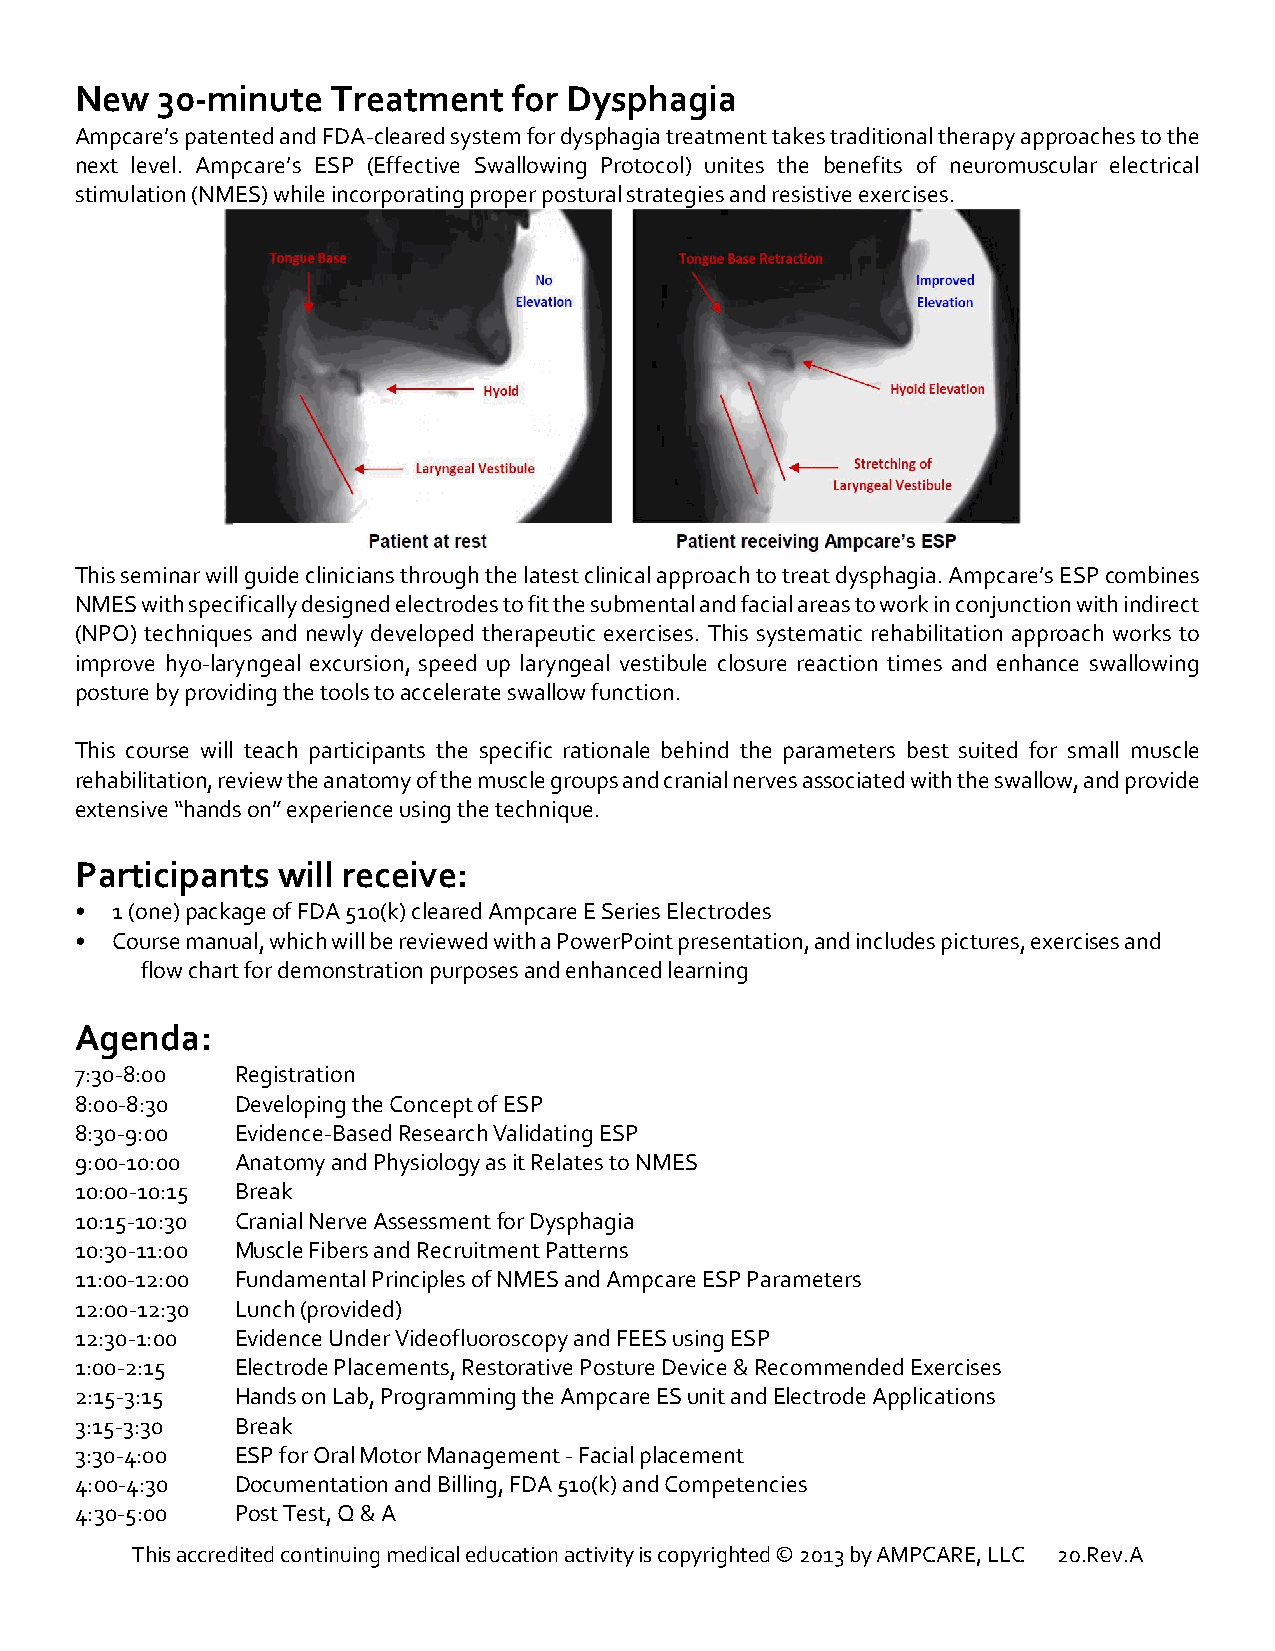
New  30-minute   Treatment   for Dysphagia
 Ampcare’s patented and FDA-cleared system for dysphagia treatment takes traditional therapy approaches to the
 next level. Ampcare’s ESP (Effective Swallowing Protocol) unites the benefits of neuromuscular electrical
 stimulation (NMES) while incorporating proper postural strategies and resistive exercises.
 This seminar will guide clinicians through the latest clinical approach to treat dysphagia. Ampcare’s ESP combines
 NMES with specifically designed electrodes to fit the submental and facial areas to work in conjunction with indirect
 (NPO) techniques and newly developed therapeutic exercises. This systematic rehabilitation approach works to
 improve hy0-laryngeal excursion, speed up laryngeal vestibule closure reaction times and enhance swallowing
 posture by providing the tools to accelerate swallow function.
 This course will teach participants the specific rationale behind the parameters best suited for small muscle
 rehabilitation, review the anatomy of the muscle groups and cranial nerves associated with the swallow, and provide
 extensive “hands on” experience using the technique.
 Participants will receive:
 • 1 (one) package of FDA 510(k) cleared Ampcare E Series Electrodes
 • Course manual, which will be reviewed with a PowerPoint presentation, and includes pictures, exercises and
 flow chart for demonstration purposes and enhanced learning
 Agenda:
 7:30-8:00  Registration
 8:00-8:30  Developing the Concept of ESP
 8:30-9:00  Evidence-Based Research Validating ESP
 9:00-10:00 Anatomy and Physiology as it Relates to NMES
 10:00-10:15 Break
 10:15-10:30 Cranial Nerve Assessment for Dysphagia
 10:30-11:00 Muscle Fibers and Recruitment Patterns
 11:00-12:00 Fundamental Principles of NMES and Ampcare ESP Parameters
 12:00-12:30 Lunch (provided)
 12:30-1:00 Evidence Under Videofluoroscopy and FEES using ESP
 1:00-2:15  Electrode Placements, Restorative Posture Device & Recommended Exercises
 2:15-3:15  Hands on Lab, Programming the Ampcare ES unit and Electrode Applications
 3:15-3:30  Break
 3:30-4:00  ESP for Oral Motor Management - Facial placement
 4:00-4:30  Documentation and Billing, FDA 510(k) and Competencies
 4:30-5:00  Post Test, Q & A
 This accredited continuing medical education activity is copyrighted © 2013 by AMPCARE, LLC 20.Rev.A